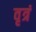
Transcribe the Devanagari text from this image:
वृत्रं